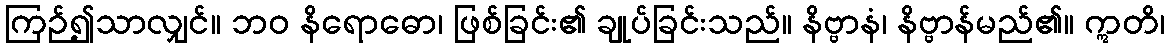
ကြဉ်၍သာလျှင်။ ဘဝ နိရောဓော၊ ဖြစ်ခြင်း၏ ချုပ်ခြင်းသည်။ နိဗ္ဗာနံ၊ နိဗ္ဗာန်မည်၏။ ဣတိ၊